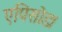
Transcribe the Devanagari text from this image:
एपिसोड।